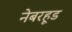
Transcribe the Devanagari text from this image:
नेबरहूड